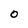
Character: O